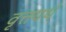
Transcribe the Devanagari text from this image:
वृत्तयर्थ